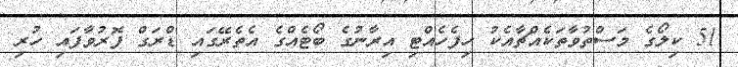
51 ކިލޯގެ މަސްތުވާތަކެއްޗާއެކު ހިފެހެއްޓި އިރާނުގެ ބޯޓެއްގެ އެތެރޭގައި ޑްރަގް ފޮރުވާފައި ހުރި